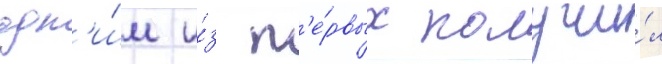
одн'и́м и́з п'е́рвых получи́л